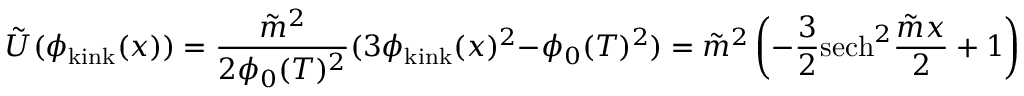
\tilde { U } ( \phi _ { \mathrm { k i n k } } ( x ) ) = \frac { \tilde { m } ^ { 2 } } { 2 \phi _ { 0 } ( T ) ^ { 2 } } ( 3 \phi _ { \mathrm { k i n k } } ( x ) ^ { 2 } - \phi _ { 0 } ( T ) ^ { 2 } ) = \tilde { m } ^ { 2 } \left( - \frac { 3 } { 2 } \mathrm { s e c h } ^ { 2 } \frac { \tilde { m } x } { 2 } + 1 \right) \, .